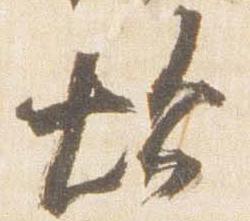
炊